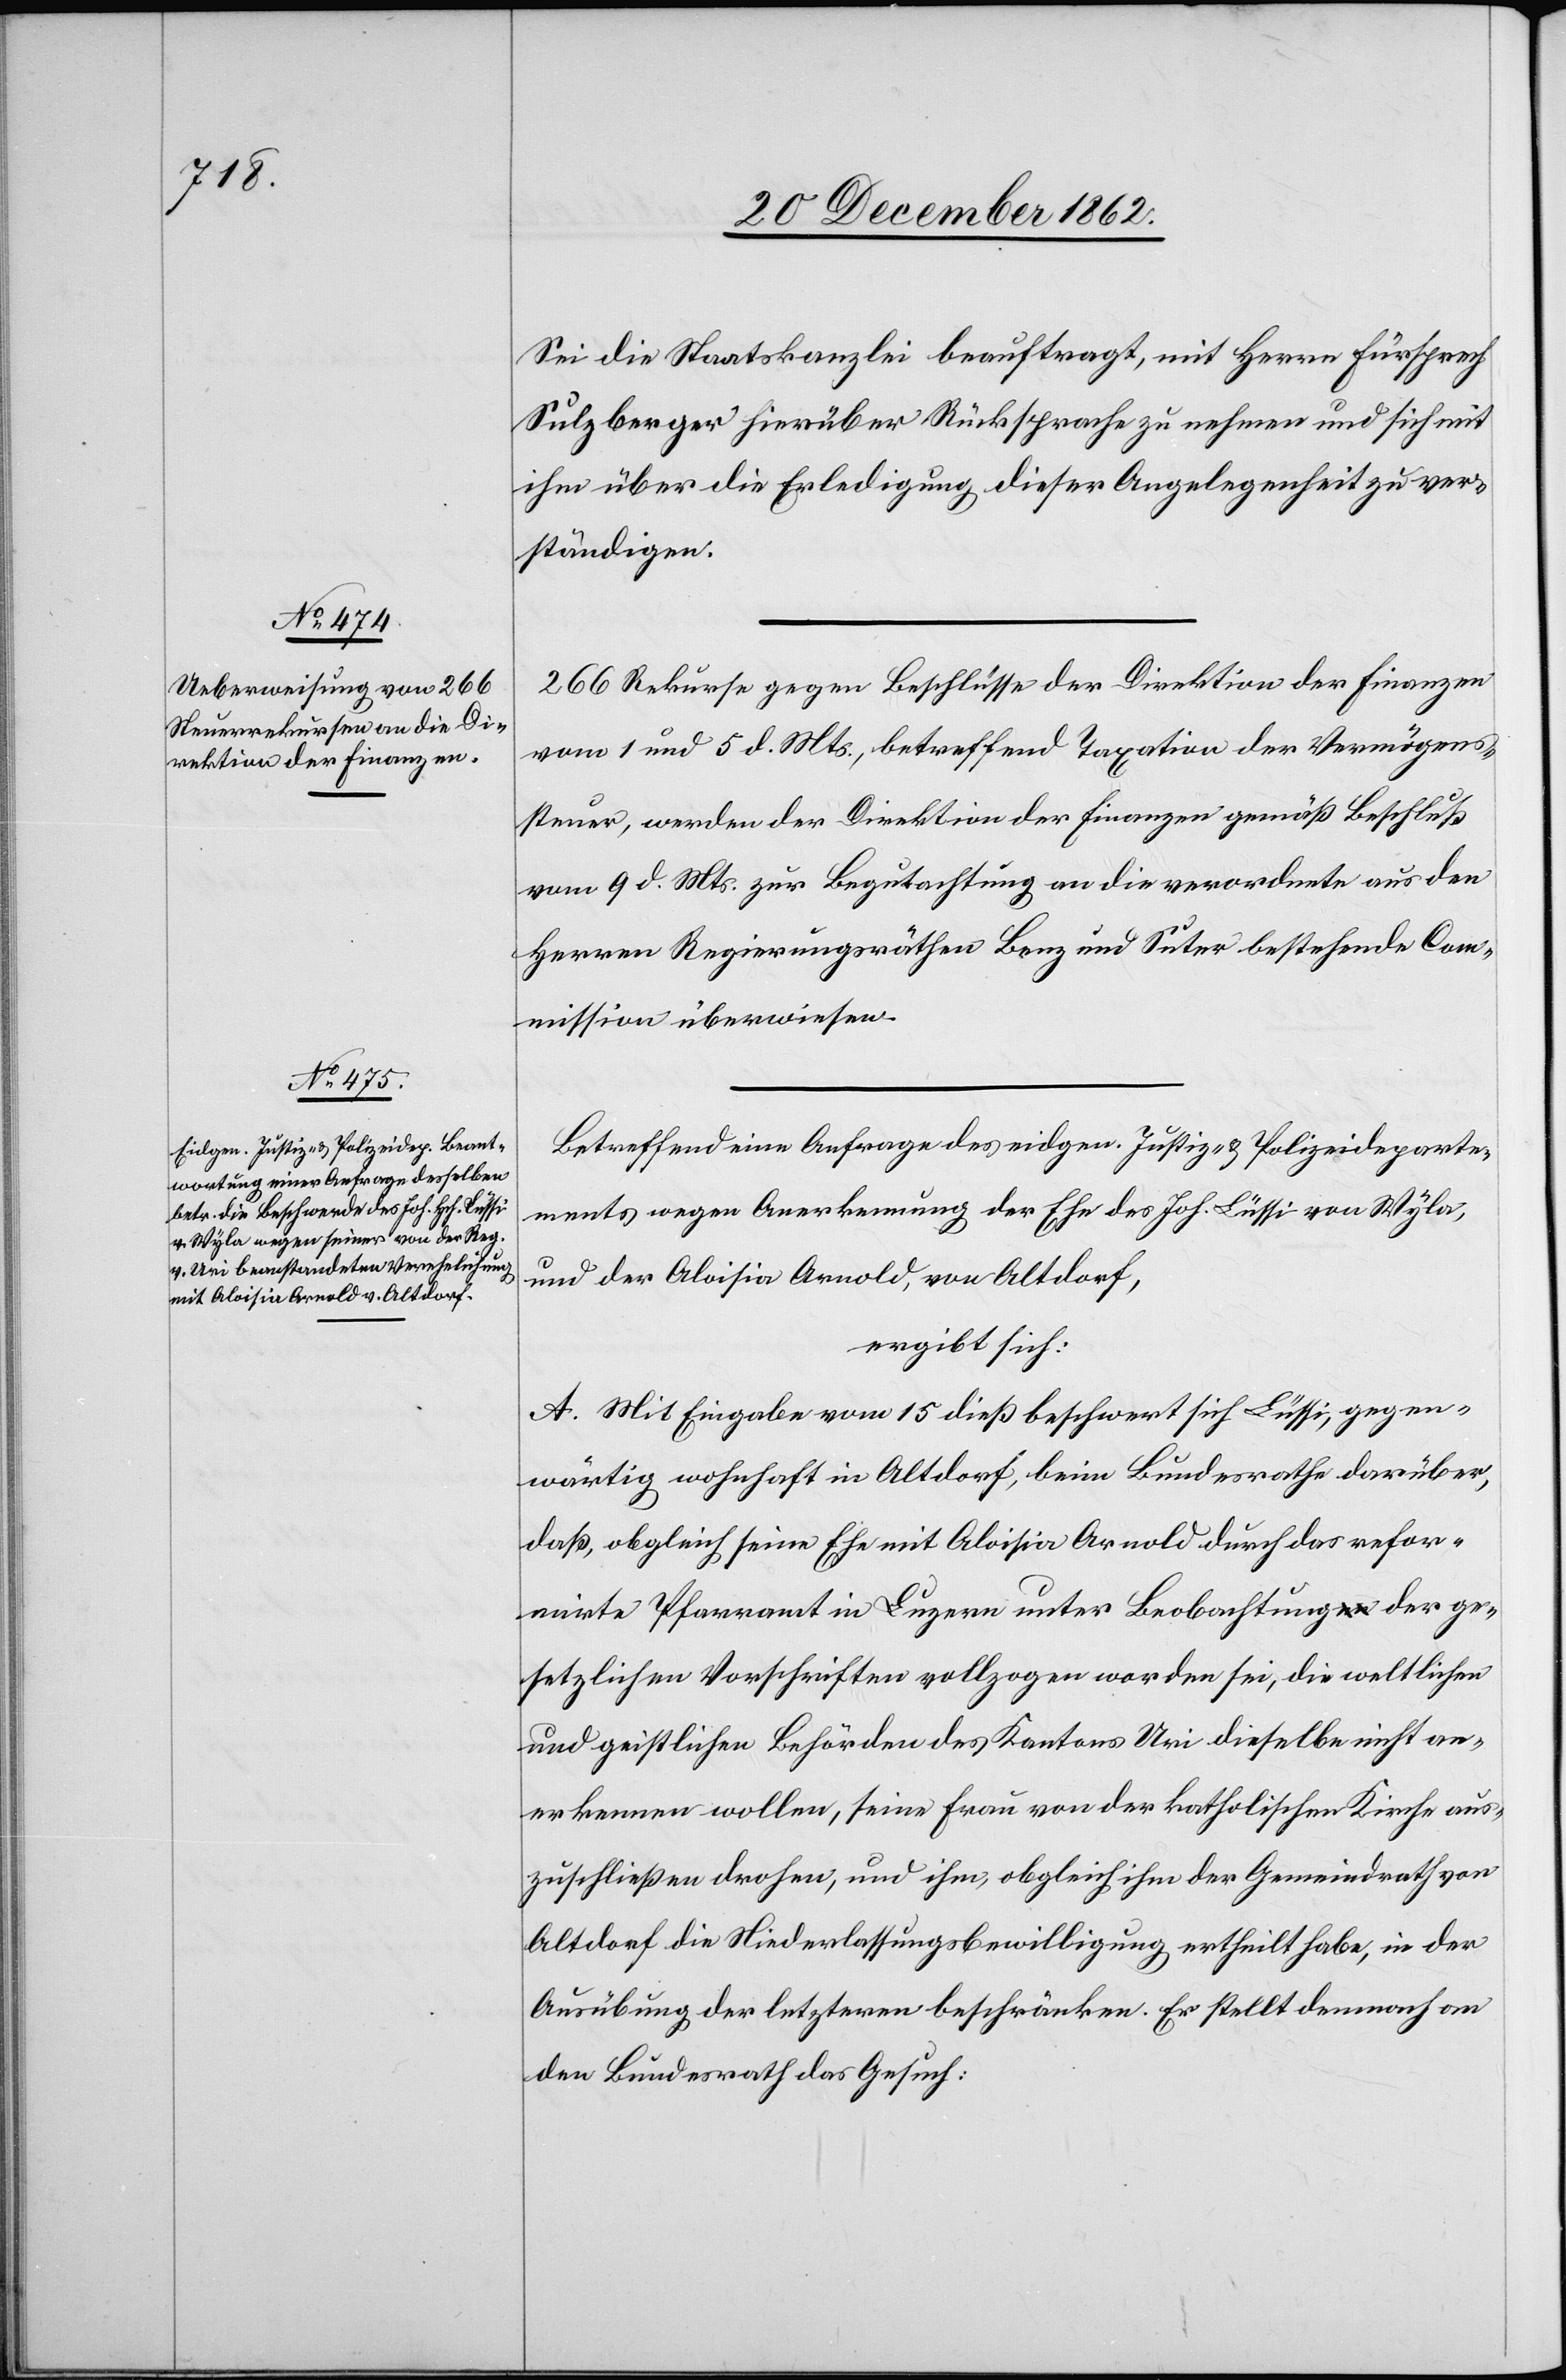
23. December 1862.]
Sei die Staatskanzlei beauftragt, mit Herrn Fürsprech
Sulzberger hierüber Rücksprache zu nehmen und sich mit
ihm über die Erledigung dieser Angelegenheit zu ver¬
ständigen.
266 Rekurse gegen Beschlüsse der Direktion der Finanzen
vom 1. und 5. d. Mts., betreffend Taxation der Vermögens¬
steuer, werden der Direktion der Finanzen gemäß Beschluß
vom 9. d. Mts. zur Begutachtung an die verordnete aus den
Herren Regierungsräthen Benz und Suter bestehende Co¬
mmission überwiesen.
Betreffend eine Anfrage des eidgen. Justiz- u. Polizeideparte¬
ments wegen Anerkennung der Ehe des Joh. Lüssi von Wyla,
und der Aloisia Arnold, von Altdorf,
ergibt sich:
A. Mit Eingabe vom 15. dieß beschwert sich Lüssi, gegen¬
wärtig wohnhaft in Altdorf, beim Bundesrathe darüber,
daß, obgleich seine Ehe mit Aloisia Arnold durch das refor¬
mirte Pfarramt in Luzern unter Beobachtung der ge¬
setzlichen Vorschriften vollzogen worden sei, die weltlichen
und geistlichen Behörden des Kantons Uri dieselbe nicht an¬
erkennen wollen, seine Frau von der katholischen Kirche aus¬
zuschließen drohen, und ihm, obgleich ihm der Gemeindrath von
Altdorf die Niederlassungsbewilligung ertheilt habe, in der
Ausübung der letzteren beschränken. Er stellt demnach an
den Bundesrath das Gesuch: